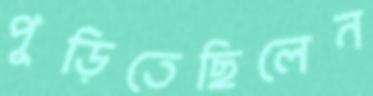
পুড়িতেছিলেন